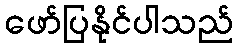
ဖော်ပြနိုင်ပါသည်